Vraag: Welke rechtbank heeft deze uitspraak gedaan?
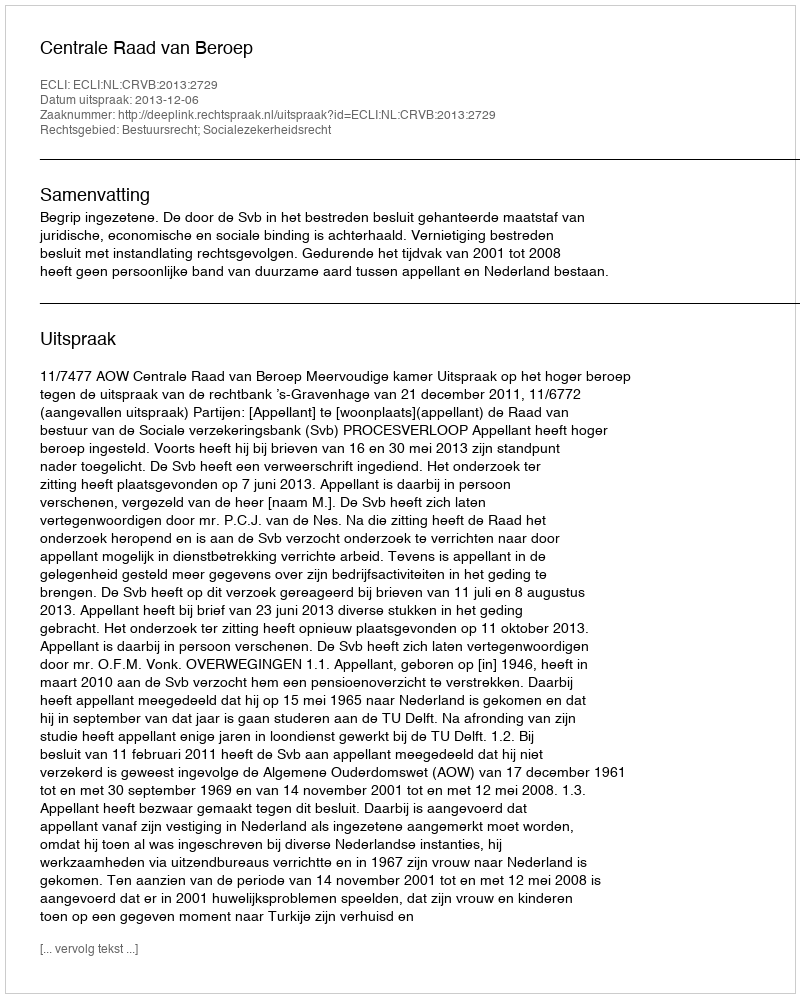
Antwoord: Centrale Raad van Beroep